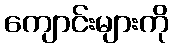
ကျောင်းများကို